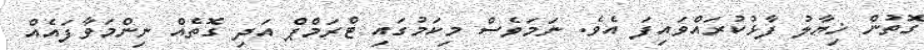
ގޮތުން ޚިޔާލު ފާޅުކުރައްވައިފަ އެވެ. ނަމަވެސް މިކަމުގައި ޓްރަމްޕް އަދި ގޮތެއް ނިންމަވާފައެއް